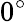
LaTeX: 0^{\circ}